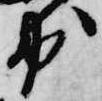
出